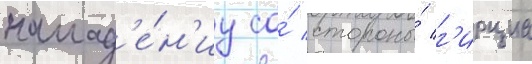
напад'е́н'иу со́ стороны́ г'ирциа